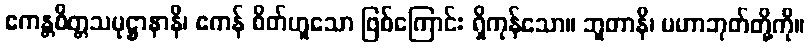
ဧကန္တစိတ္တသမုဋ္ဌာနာနိ၊ ဧကန် စိတ်ဟူသော ဖြစ်ကြောင်း ရှိကုန်သော။ ဘူတာနိ၊ မဟာဘုတ်တို့ကို။